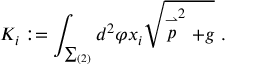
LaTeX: K _ { i } : = \int _ { \sum _ { ( 2 ) } } d ^ { 2 } \varphi x _ { i } \sqrt { \stackrel { \rightharpoonup } { p } ^ { 2 } + g } \ .